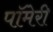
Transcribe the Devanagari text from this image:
पॉमेरी